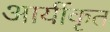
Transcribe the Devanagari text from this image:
आर्यीकृत